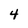
Character: 4